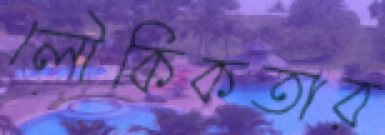
লৌকিকতার